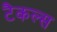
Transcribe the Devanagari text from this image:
टैकल्स